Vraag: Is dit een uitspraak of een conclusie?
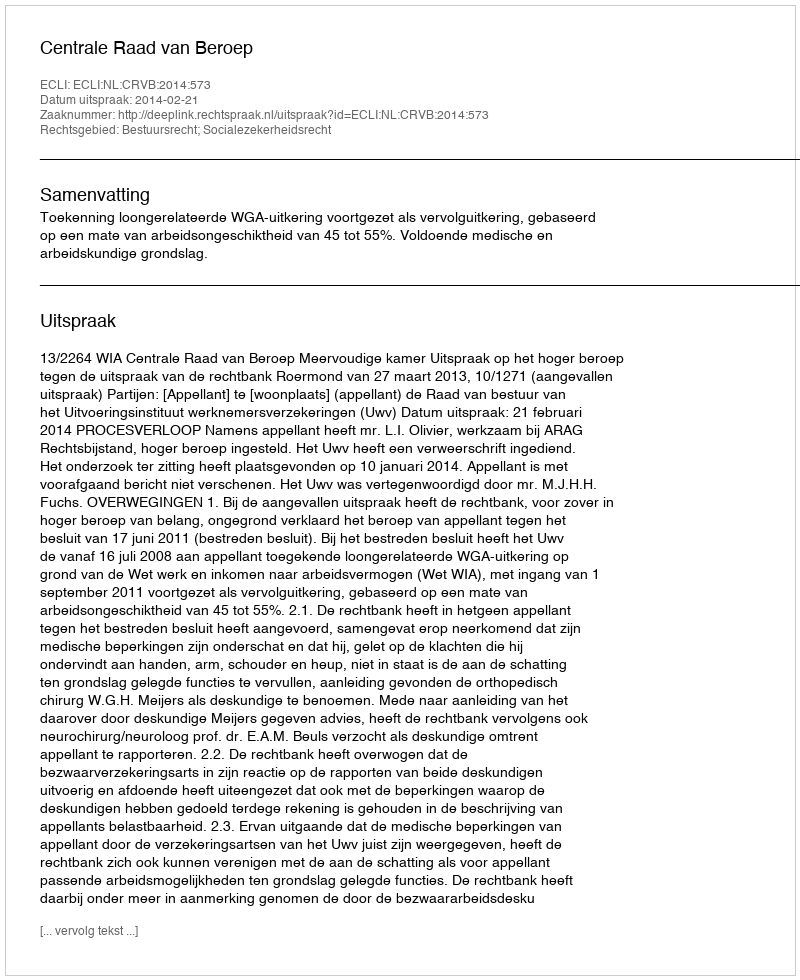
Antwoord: Uitspraak